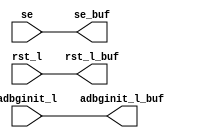
module ccx_global_int_buf(
   rst_l_buf, se_buf, adbginit_l_buf, 
   rst_l, se, adbginit_l
   );
   output          rst_l_buf ;
   output          se_buf ;
   output          adbginit_l_buf ;
   input 	   rst_l ;	
   input          se ;
   input          adbginit_l ;
   assign               rst_l_buf    =  rst_l;
   assign               se_buf    =  se;
   assign               adbginit_l_buf  =  adbginit_l ;
endmodule